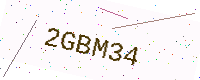
Text: 2GBM34